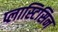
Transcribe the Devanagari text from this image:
प्लास्टिसिन